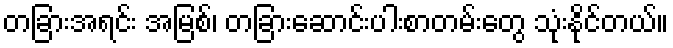
တခြားအရင်း အမြစ်၊ တခြားဆောင်းပါးစာတမ်းတွေ သုံးနိုင်တယ်။